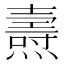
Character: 燾